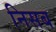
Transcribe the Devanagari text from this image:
निसब